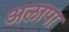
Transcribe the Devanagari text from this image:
अलापा